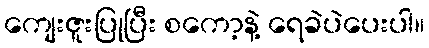
ကျေးဇူးပြုပြီး စကော့နဲ့ ရေခဲပဲပေးပါ။